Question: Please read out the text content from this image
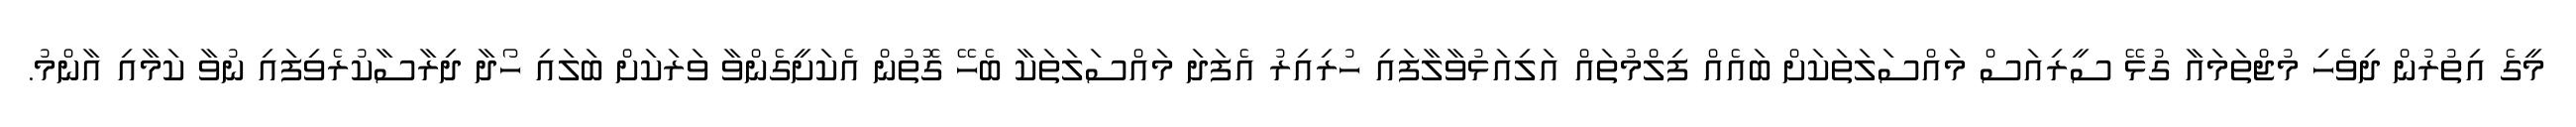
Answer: މީގެ އިތުރުން ދިވެހި މުޖްތަމައާ ގުޅޭ ސީރިއަސް މައްސަލަތަކަށް ބައެއް ފިލްމުތައް އަލިއަޅުވާލާފައި ހުރިއިރު އެފަދަ މައްސަލަތަކާ ބެހޭ ގޮތުން އެކަށީގެންވާ ވަރަކަށް ބަލައި ހޯދާ ދިރާސާކުރެވިފައި ނުވާ ކަމާއި އާންމު.